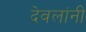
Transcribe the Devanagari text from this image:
देवलांनी